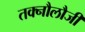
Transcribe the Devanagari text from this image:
तक्नौलौजी